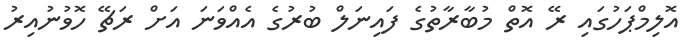
އޮލިމްޕަހުގައި ރޭ އޮތް މުބާރާތުގެ ފައިނަލް ބުރުގެ އެއްވަނަ އަށް ރަޗޭ ހޮވުނުއިރު